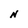
Character: N